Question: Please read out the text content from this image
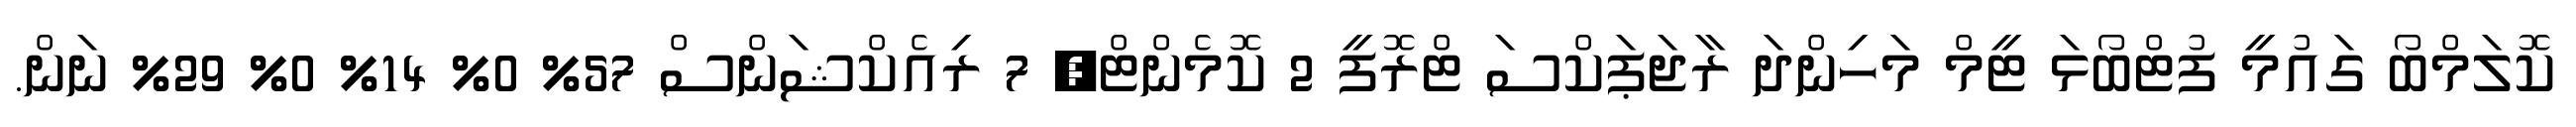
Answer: ކޮލަމްބޯ ގައުމީ ފުޓްބޯޅަ ޓީމް މަހިންދަ ރާޖަޕަކްސަ ޓްރޮފީ 2 ކޮމެންޓް, 7 ރިއެކްޝަންސް 57% 0% 14% 0% 29% ނަން.